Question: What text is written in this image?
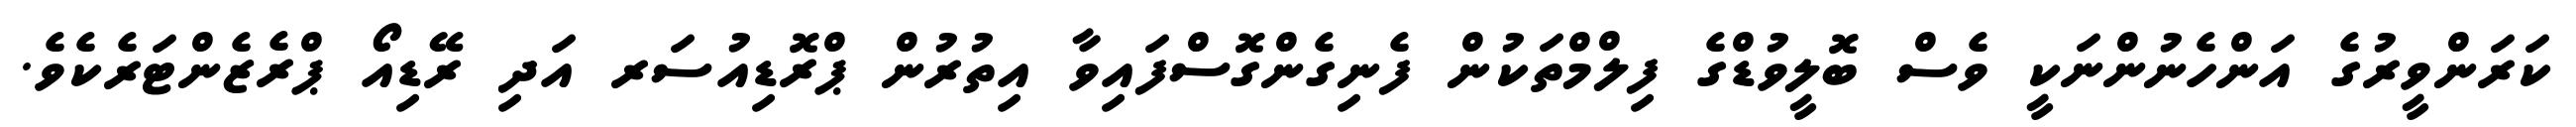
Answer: ކަރަންވީރުގެ އަންހެނުންނަކީ ވެސް ބޮލީވުޑްގެ ފިލްމްތަކުން ފެނިގެންގޮސްފައިވާ އިތުރުން ޕްރޮޑިއުސަރ އަދި ރޭޑިއޯ ޕްރެޒެންޓަރެކެވެ.